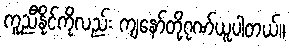
ကူညီနိုင်ကိုလည်း ကျနော်တို့ဂုဏ်ယူပါတယ်။